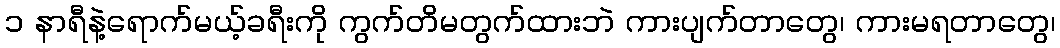
၁ နာရီနဲ့ရောက်မယ့်ခရီးကို ကွက်တိမတွက်ထားဘဲ ကားပျက်တာတွေ၊ ကားမရတာတွေ၊